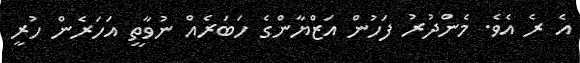
އެ ރެ އެވެ. މެންދުރު ފަހުން އަޒްޔާންގެ ހަބަރެއް ނުވާތީ އަހަރެން ހުރީ